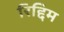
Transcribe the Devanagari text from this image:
रिद्दिम